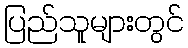
ပြည်သူများတွင်